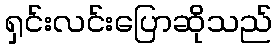
ရှင်းလင်းပြောဆိုသည်